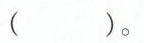
( )。